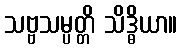
သဗ္ဗသမ္ပတ္တိ သိဒ္ဓိယာ။